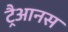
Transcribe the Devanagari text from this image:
ट्रैआनस